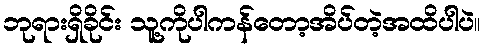
ဘုရားရှိခိုင်း သူ့ကိုပါကန်တော့အိပ်တဲ့အထိပါပဲ။